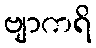
ဗျာကရိ